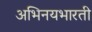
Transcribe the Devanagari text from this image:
अभिनयभारती